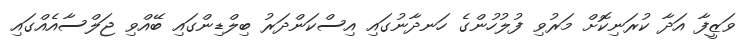
ވަޒީފާ އަދާ ކުރަނިކޮށް މަރުވި ފުލުހުންގެ ހަނދާނުގައި އިސްކަންދަރު ބިލްޑިންގައި ބޭއްވި ޖަލްސާއެއްގައި